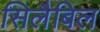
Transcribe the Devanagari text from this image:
सिलैबिल